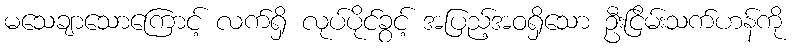
မသေချာသောကြောင့် လက်ရှိ လုပ်ပိုင်ခွင့် အပြည့်အဝရှိသော ဦးငြိမ်းသက်ဟန်ကို